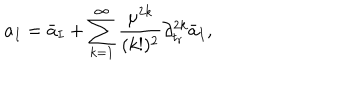
LaTeX: a _ { I } = \bar { a } _ { I } + \sum _ { k = 1 } ^ { \infty } { \frac { \mu ^ { 2 k } } { ( k ! ) ^ { 2 } } } \partial _ { t _ { r } } ^ { 2 k } \bar { a } _ { I } ,